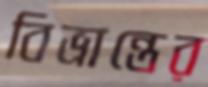
বিভ্রান্তের